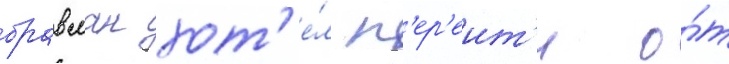
бравман хот'е́л п'ер'еит'и о́т